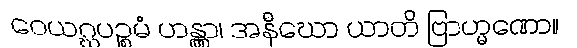
ဝေယဂ္ဃပဉ္စမံ ဟန္တွာ၊ အနီဃော ယာတိ ဗြာဟ္မဏော။